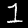
Digit: 1